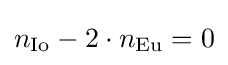
n_{\rm {Io}}-2\cdot n_{\rm {Eu}}=0